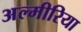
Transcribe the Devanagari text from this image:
अल्मीरिया